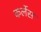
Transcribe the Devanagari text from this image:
कर्लेस